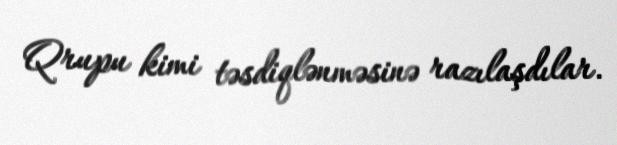
Qrupu kimi təsdiqlənməsinə razılaşdılar.